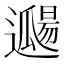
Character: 𨘖